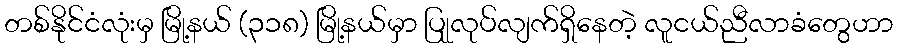
တစ်နိုင်ငံလုံးမှ မြို့နယ် (၃၁၈) မြို့နယ်မှာ ပြုုလုပ်လျက်ရှိနေတဲ့ လူငယ်ညီလာခံတွေဟာ